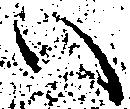
い